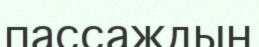
пассаждың